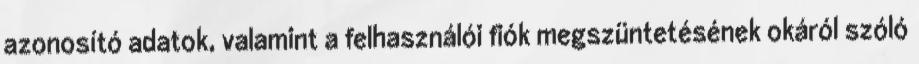
azonosító adatok, valamint a felhasználói fiók megszüntetésének okáról szóló